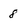
Character: 8